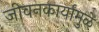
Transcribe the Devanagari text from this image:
जीवनकार्यांमुळे